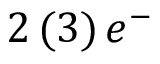
2 \, ( 3 ) \, e ^ { - }